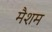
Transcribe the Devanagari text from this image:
मैशम